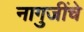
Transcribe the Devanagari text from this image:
नागुजींचे